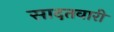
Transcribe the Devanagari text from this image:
सादतवारी